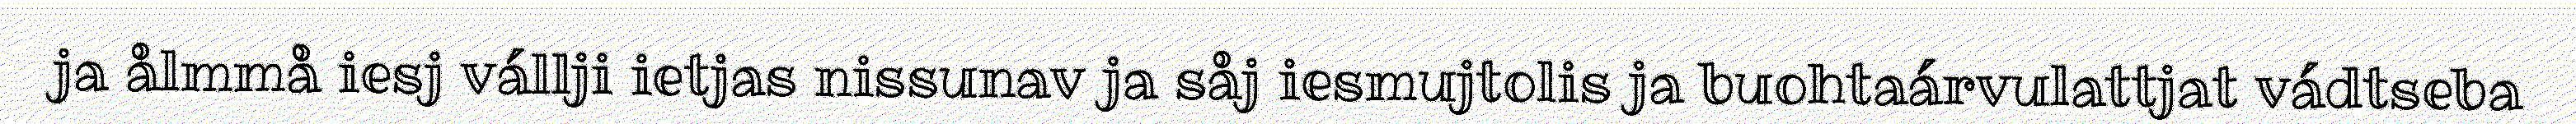
ja ålmmå iesj vállji ietjas nissunav ja såj iesmujtolis ja buohtaárvulattjat vádtseba